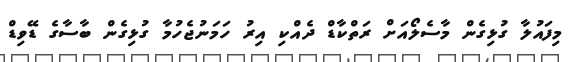
މިފައުލާ ގުޅިގެން މާސެލޯއަށް ރަތްކާޑް ދެއްކި އިރު ހަމަނުޖެހުމާ ގުޅިގެން ބާސާގެ ޑޭވިޑް